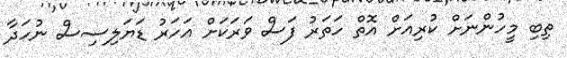
ތިބި މީހުންނަށް ކުރިއަށް އޮތް ހަތަރު ފަސް ވަރަކަށް އަހަރު ޑަޔަލިސިސް ނުހަދާ